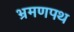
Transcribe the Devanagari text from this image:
भ्रमणपथ